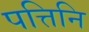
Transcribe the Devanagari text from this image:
पत्तिनि